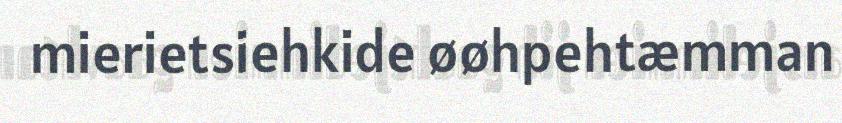
mierietsiehkide øøhpehtæmman